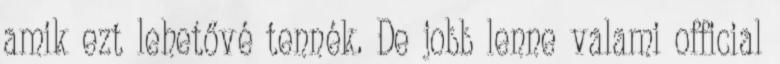
amik ezt lehetővé tennék. De jobb lenne valami official